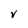
Character: V